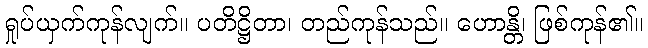
ရှုပ်ယှက်ကုန်လျက်။ ပတိဋ္ဌိတာ၊ တည်ကုန်သည်။ ဟောန္တိ၊ ဖြစ်ကုန်၏။